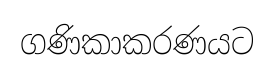
ගණිකාකරණයට